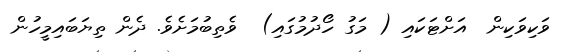
ވަކިވަކިން  އަށްޓަކައި ( މަގު ހޯދުމުގައި)  ވެތިބުމަށެވެ. ދެން ތިޔަބައިމީހުން